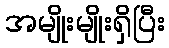
အမျိုးမျိုးရှိပြီး